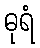
ဓုရံ